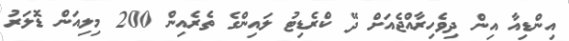
އިންޑިއާ އިން ދިވެހިރާއްޖެއަށް ދޭ ކްރެޑިޓު ލައިންގެ ތެރެއިން 200 މިލިއަން ޑޮލަރު